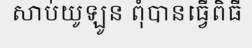
សាប់យូឡូន ពុំបានធ្វើពិធី